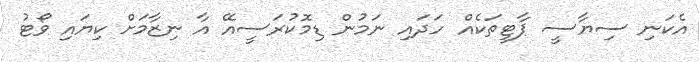
އެކަނި ސިޔާސީ ޕާޓީތަކެއް ހަދައި ނަމުން ޑިމޮކުރަސީއޭ އާ ނިޒާމަށް ކިޔައި ވޯޓު